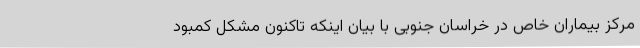
مرکز بیماران خاص در خراسان جنوبی با بیان اینکه تاکنون مشکل کمبود